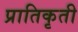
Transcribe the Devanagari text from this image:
प्रातिकृती